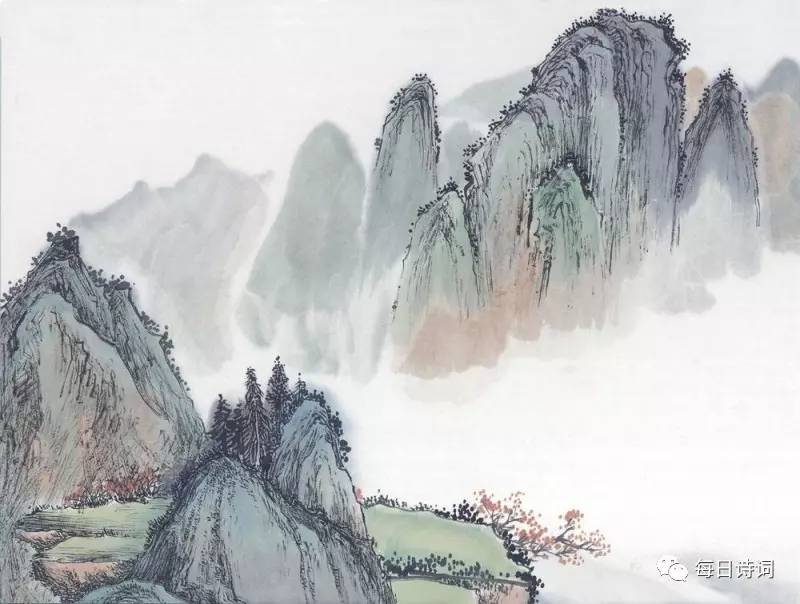
一别都门三改火，天涯踏尽红尘。